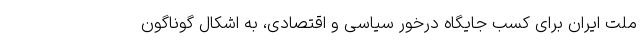
ملت ایران برای کسب جایگاه درخور سیاسی و اقتصادی، به اشکال گوناگون